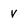
Character: v